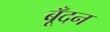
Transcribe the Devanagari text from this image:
बूँदन